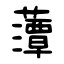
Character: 藫